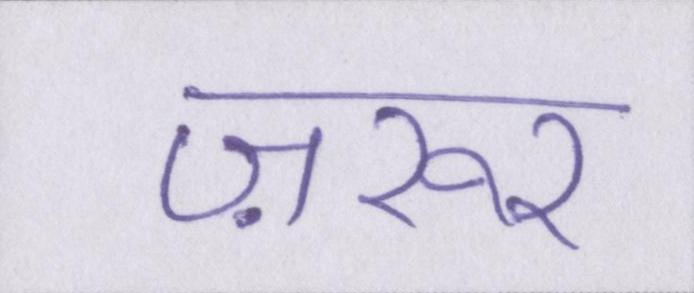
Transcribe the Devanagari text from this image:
ज़रूर